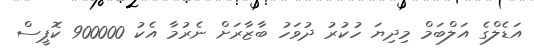
އަޑެލްގެ އަލްބަމް މިދިޔަ ހުކުރު ދުވަހު ބާޒާރަށް ނެރުމާ އެކު 900000 ކޮޕީސް